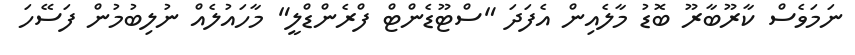
ނަމަވެސް ކާރޫބާރޫ ބޮޑު މާލެއިން އެފަދަ "ސްޓޫޑެންޓް ފްރެންޑްލީ" މާހައުލެއް ނުލިބުމުން ފަސޭހަ